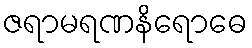
ဇရာမရဏနိရောဓေ